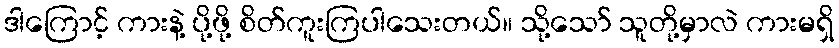
ဒါကြောင့် ကားနဲ့ ပို့ဖို့ စိတ်ကူးကြပါသေးတယ်။ သို့သော် သူတို့မှာလဲ ကားမရှိ